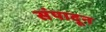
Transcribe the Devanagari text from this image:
संपादून